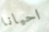
احيانا